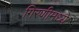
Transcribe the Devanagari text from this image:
गिरणीमध्ये